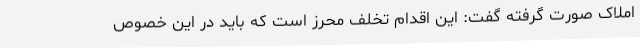
املاک صورت گرفته گفت: این اقدام تخلف محرز است که باید در این خصوص